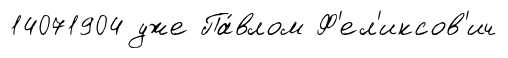
14071904 уже Па́влом Ф'ел'иксов'ич